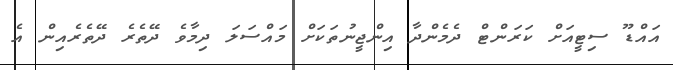
އައްޑޫ ސިޓީއަށް ކަރަންޓް ދެމެންދާ އިންޖީނުތަކަށް މައްސަލަ ދިމާވެ ދޭތެރެ ދޭތެރެއިން އެ